Leaving Certificate Examination (including Day School Certificate (Higher) General paper), 1936
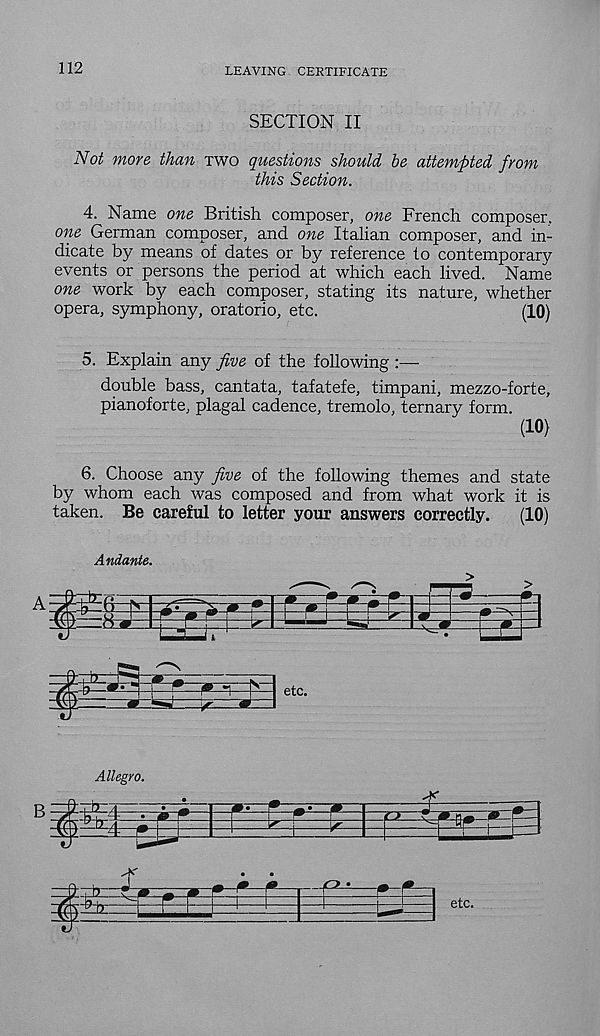
112
LEAVING CERTIFICATE
SECTION II
Not more than two questions should be attempted from
this Section.
4. Name one British composer, one French composer,
one German composer, and one Italian composer, and in-
dicate by means of dates or by reference to contemporary
events or persons the period at which each lived. Name
one work by each composer, stating its nature, whether
opera, symphony, oratorio, etc.
(10)
5. Explain any five of the following :—
double bass, cantata, tafatefe, timpani, mezzo-forte,
pianoforte, plagal cadence, tremolo, ternary form.
(10)
6. Choose any five of the following themes and state
by whom each was composed and from what work it is
taken. Be careful to letter your answers correctly.
(10)
Andante.
Allegro.